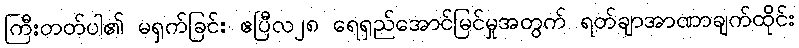
ကြီးတတ်ပါ၏ မရှက်ခြင်း ဧပြီလ၂၈ ရေရှည်အောင်မြင်မှုအတွက် ရတ်ချာအာဏာချက်ထိုင်း